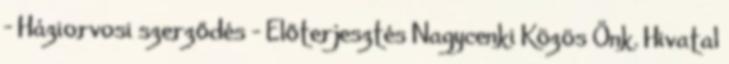
- Háziorvosi szerződés - Előterjesztés Nagycenki Közös Önk. Hivatal